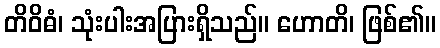
တိဝိဓံ၊ သုံးပါးအပြားရှိသည်။ ဟောတိ၊ ဖြစ်၏။